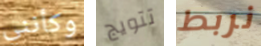
وكأنني تتويج نربط